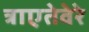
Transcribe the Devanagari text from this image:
त्राएतेवेरे